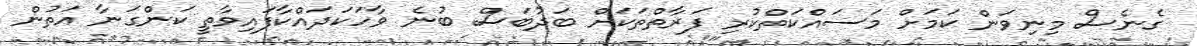
ގެނެސް މިނިވަން ކަމަށް މަސައްކަތްކުރި ފަރާތްތަކަށް ބަދުބަސް ބުނެ ވާހަކަދައްކާފައިވާތީ ކަންގަނާ އަތުން